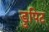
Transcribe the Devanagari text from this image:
डुपिट